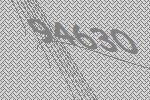
94630